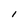
Character: l